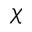
\chi